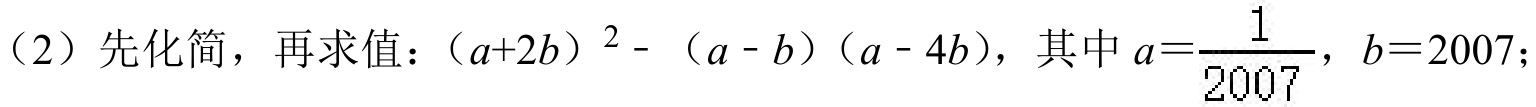
（2）先化简，再求值：\((a + 2b)^{2}-(a - b)(a - 4b)\)，其中\(a = \dfrac{1}{2007}\)，\(b = 2007\)；